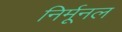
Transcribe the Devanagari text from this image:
निर्मूनल